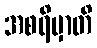
အစရိမှာတိ